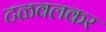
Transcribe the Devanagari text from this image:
टळवलकर